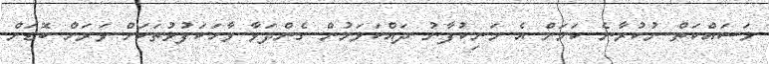
މަސައްކަތް ނުކުރާނެ ކަމަށް އެ މަނިކުފާނު ދައްކަވަމުން ގެންދަވާ ވާހަކަފުޅުތަކަށް ވަރަށް ބޮޑަށް